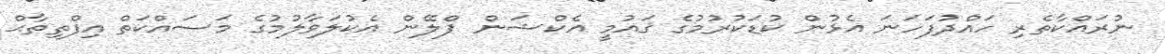
ނުރައްކާތެރި ހައްދުފަހަނަ އެޅުން ކުޑަކުރުމުގެ ޤައުމީ އެކްޝަން ޕްލޭން އެކުލަވާލުމުގެ މަސައްކަތް އިފްތިތާޙް